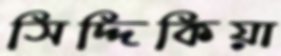
সিদ্দিকিয়া